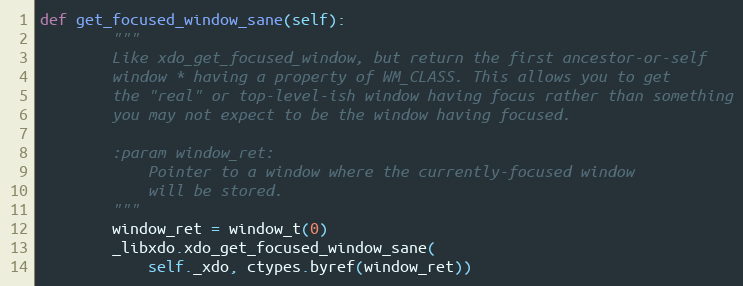
Language: Python
def get_focused_window_sane(self):
        """
        Like xdo_get_focused_window, but return the first ancestor-or-self
        window * having a property of WM_CLASS. This allows you to get
        the "real" or top-level-ish window having focus rather than something
        you may not expect to be the window having focused.

        :param window_ret:
            Pointer to a window where the currently-focused window
            will be stored.
        """
        window_ret = window_t(0)
        _libxdo.xdo_get_focused_window_sane(
            self._xdo, ctypes.byref(window_ret))